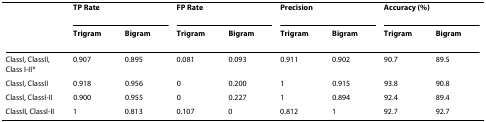
|  | <COLSPAN=2> TP Rate | <COLSPAN=2> FP Rate | <COLSPAN=2> Precision | <COLSPAN=2> Accuracy (%) |
 |  | Trigram | Bigram | Trigram | Bigram | Trigram | Bigram | Trigram | Bigram |
 | --- | --- | --- | --- | --- | --- | --- | --- | --- |
 | ClassI, ClassII, Class I-II* | 0.907 | 0.895 | 0.081 | 0.093 | 0.911 | 0.902 | 90.7 | 89.5 |
 | ClassI, ClassII | 0.918 | 0.956 | 0 | 0.200 | 1 | 0.915 | 93.8 | 90.8 |
 | ClassI, ClassI-II | 0.900 | 0.955 | 0 | 0.227 | 1 | 0.894 | 92.4 | 89.4 |
 | ClassII, ClassI-II | 1 | 0.813 | 0.107 | 0 | 0.812 | 1 | 92.7 | 92.7 |